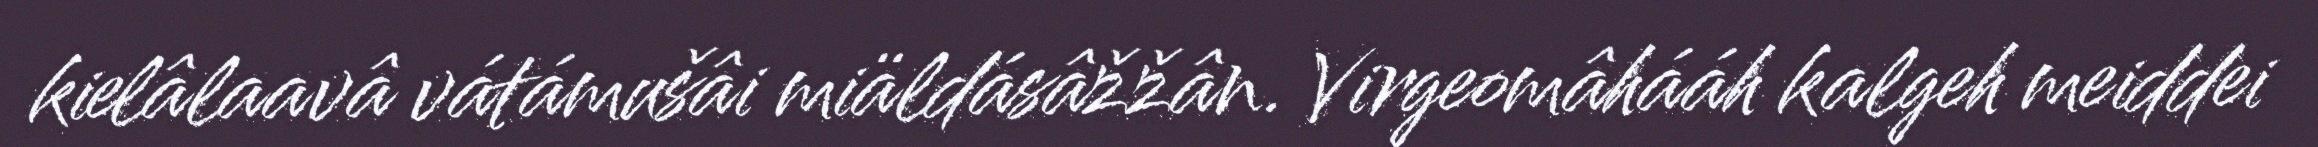
kielâlaavâ vátámušâi miäldásâžžân. Virgeomâhááh kalgeh meiddei